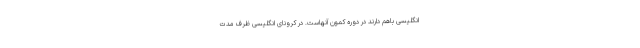
انگلیسی باهم دارند در دوره کمون آنهاست. در کرونای انگلیسی ظرف مدت